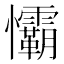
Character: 𢥻